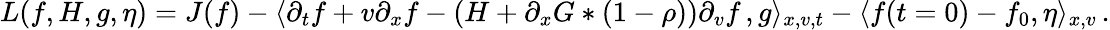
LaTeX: L(f,H,g,\eta)=J(f)-\langle\partial_{t}f+v\partial_{x}f-(H+\partial_{x}G\ast(1-\rho))\partial_{v}f\, ,g\rangle_{x,v,t}-\langle f(t=0)-f_{0},\eta\rangle_{x,v}\, .